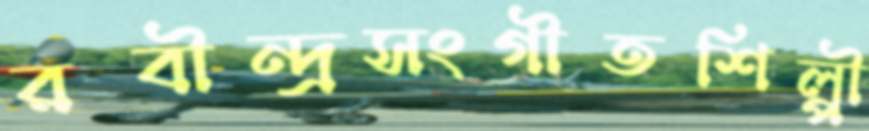
রবীন্দ্রসংগীতশিল্পী